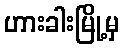
ဟားခါးမြို့မှ